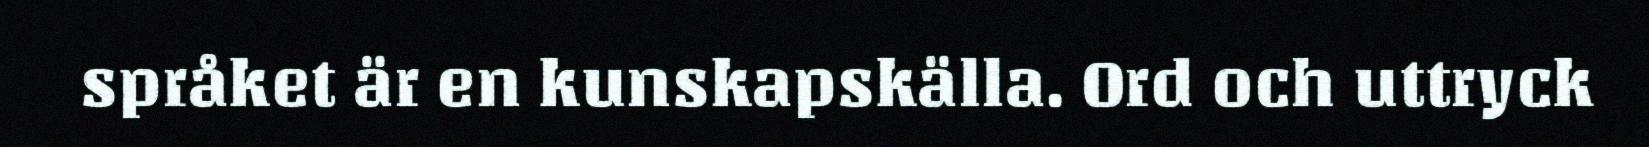
språket är en kunskapskälla. Ord och uttryck